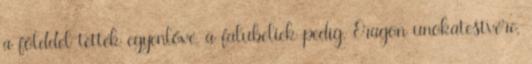
a földdel tették egyenlővé, a falubeliek pedig, Eragon unokatestvére,